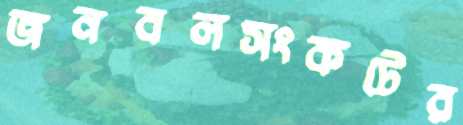
জনবলসংকটের